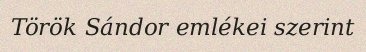
Török Sándor emlékei szerint